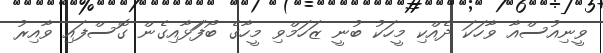
ވީނިއުސްއާ ވާހަކަ ދެއްކި މީހަކު ބުނީ ޒަހަމްވި މީހާގެ ބޯފަަޅާއިގެން ގޮސްފައި ވާއިރު